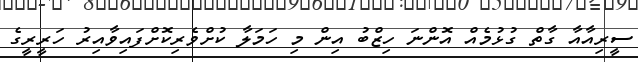
ސީރިއާއާ ގާތް ގުޅުމެއް އޮންނަ ހިޒްބު އިން މި ހަމަލާ ކުށްވެރިކޮށްފައިވާއިރު ހަރީރީގެ